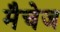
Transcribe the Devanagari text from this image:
मैचेज